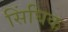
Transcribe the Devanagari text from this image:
सिंघिक